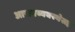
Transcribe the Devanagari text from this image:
आसनव्यवस्थेसह